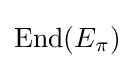
\operatorname {End} (E_{\pi })